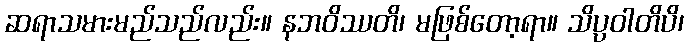
ဆရာသမားမည်သည်လည်း။ နဘဝိဿတိ၊ မဖြစ်တော့ရာ။ သိပ္ပဝါတိပိ၊